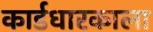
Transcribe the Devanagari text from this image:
कार्डधारकाला